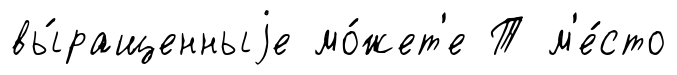
вы́ращенныjе мо́жет'е Т м'е́сто